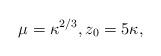
LaTeX: \begin{align*} \mu = \kappa^{2/3}, z_0=5\kappa, \end{align*}